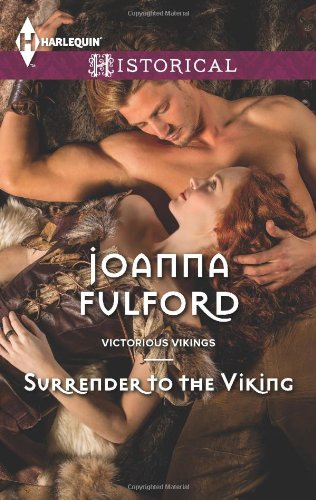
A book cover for Surrender to the Viking (Harlequin Historical\Victorious Vikings); Joanna Fulford; Romance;